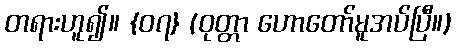
တရားဟူ၍။ {၀၇} (ဝုတ္တာ ဟောတော်မူအပ်ပြီ။)